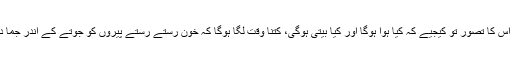
ذرا اس کا تصور تو کیجیے کہ کیا ہوا ہوگا اور کیا بیتی ہوگی، کتنا وقت لگا ہوگا کہ خون رستے رستے پیروں کو جوتے کے اندر جما دے!